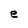
Character: e